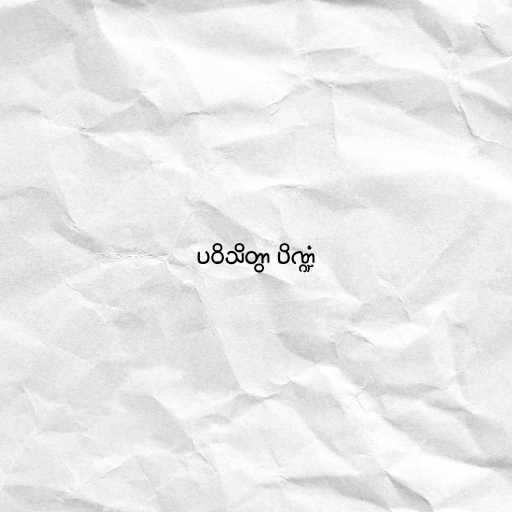
ပဝိသိတွာ ပိဏ္ဍံ